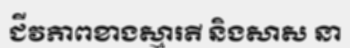
ជីវភាពខាងស្មារតី និងសាស នា